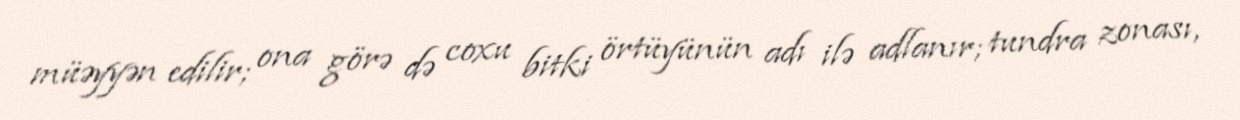
müəyyən edilir; ona görə də coxu bitki örtüyünün adı ilə adlanır; tundra zonası,